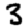
Digit: 3